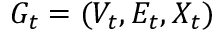
G _ { t } = ( V _ { t } , E _ { t } , X _ { t } )